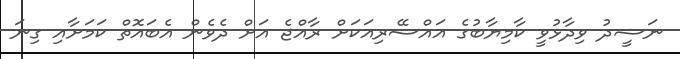
ނަޝީދު ވިދާޅުވީ ކާމިޔާބުގެ އައްސޭރިއަކަށް ރާއްޖެ އަށް ދެވެން އެބައޮތް ކަމަށާއި ގިނަ